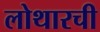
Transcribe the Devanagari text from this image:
लोथारची